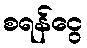
စရန်ငွေ